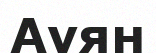
Ауян